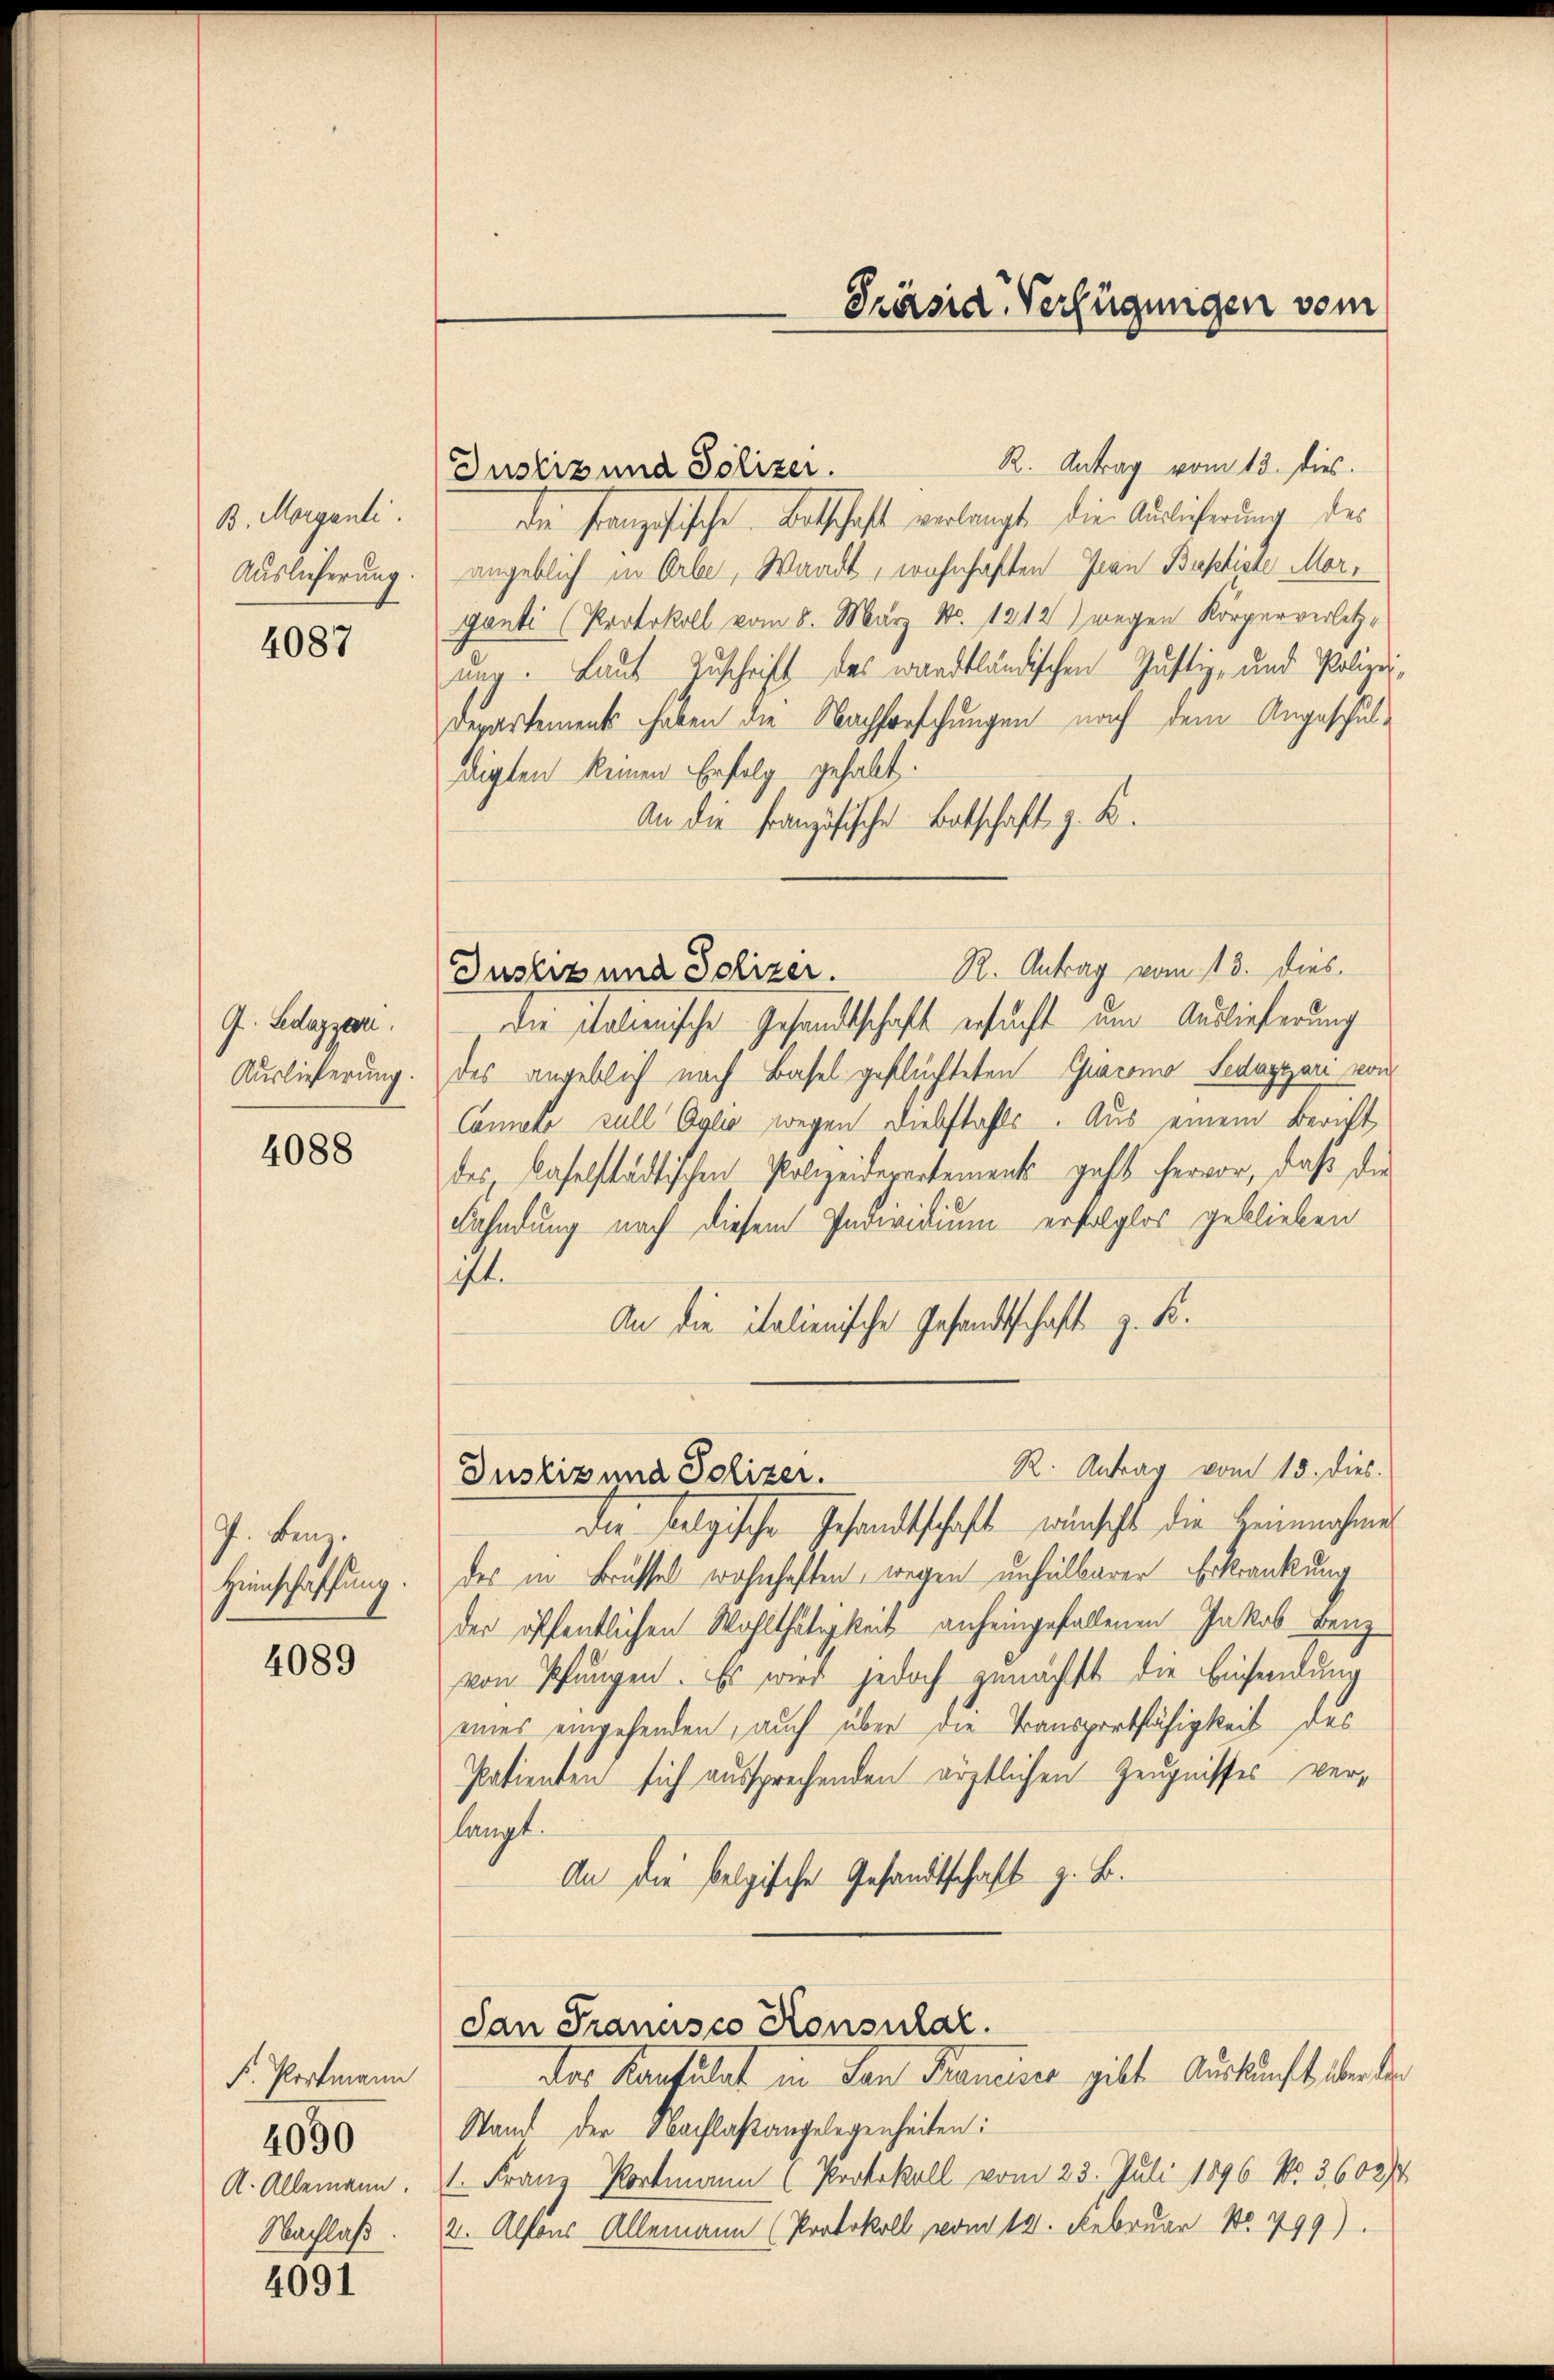
B. Morgenti.
Auslieferung.

4087

9. Ledazzen.
Auslieferung.

4088

P. Benz.
Heinschaffung.

4089

F. Portmann
A. Allemann.
Nachlaß.

4090

4091

Präsid-Verfügungen vom

R. Antrag vom 13. dies.
Justiz und Polizei.
der Französische Betschaft verlangte die Auslicherung des
angeblich in Erbe, Waadt, wohnhaften Juan Baptiste Morganti (Protokoll vom 8. März No. 1212) wegen Körperverletzung. Laut Zuschrift des wardtländischen Justiz- und Polizei-
Departement haben die Nachforschungen nach dem Angeschuldigten keinen Erfolg gehabt:
An die Französische Betschaft z. B.
R. Antrag vom 13. dies
Justiz und Polizei.
die italienische Gesandtschaft ersucht um Auslieferung
des angeblich nach Basel geflüchteten Giacomo Ledagyari von
Cannete sull Oglić wegen Diebstahls. Aus einem Bericht
des, daselstädtischen Polizeidepartements geht hervor, daß die
Fahndung nach diesem Individium erfolglos geblieben
ift.
An die italienische Gesandtschaft z. B.
R. Antrag vom 15. dies.
Justiz und Polizei.
Der folgische Gesandtschaft wünscht die Heinnahmen
des in Brüssel wohnhaften, wegen unselbarer Erkrankung
der öffentlichen Wohlthätigkeit anheingefallenen Jakob Benz
von Pfungen. Es wird jedoch genächst die Einsendung
eines eingehenden, auch über die Transportfähigkeit des
Patienten sich aussprechenden ärztlichen Zeugnisses verlangt.
An die belgische Gesandtschaft z. B.
dan Francisco Konsular.
der Konsulat in den Francises gibt. Auskunft der der
Stand der Sachlaßangelegenheiten:
1. Franz Portmann (Protokoll vom 23. Juli 1896 No. 3602/4
2. Alfons Allemann (Protokoll, vom 12. Februar No. 499).